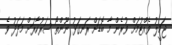
ޖަމީލު ވެއްޓުމަށް ވުރެން މާ ބޮޑަށް ރަނގަޅު ނޫންތޯ ސަރުކާރަށް މަދަދު ވެ